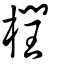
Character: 橍